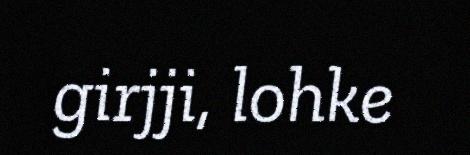
girjji, lohke